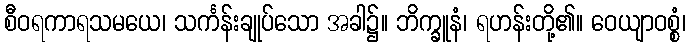
စီဝရကာရသမယေ၊ သင်္ကန်းချုပ်သော အခါ၌။ ဘိက္ခူနံ၊ ရဟန်းတို့၏။ ဝေယျာဝစ္စံ၊